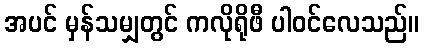
အပင် မှန်သမျှတွင် ကလိုရိုဖီ ပါဝင်လေသည်။